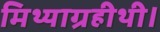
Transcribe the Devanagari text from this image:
मिथ्याग्रहीथी।